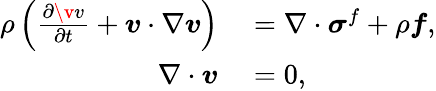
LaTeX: \begin{array}{rl}{\rho\left(\frac{\partial\v{v}}{\partial t}+{\boldsymbol{v}}\cdot\nabla{\boldsymbol{v}}\right)}&{{}=\nabla\cdot{\boldsymbol{\sigma}}^{f}+\rho{\boldsymbol{f}},}\\ {\nabla\cdot{\boldsymbol{v}}}&{{}=0,}\end{array}